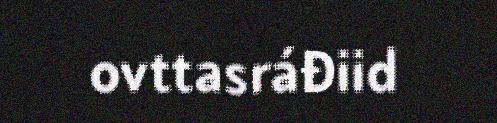
ovttasráđiid